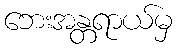
ဘေးအန္တရာယ်မှ